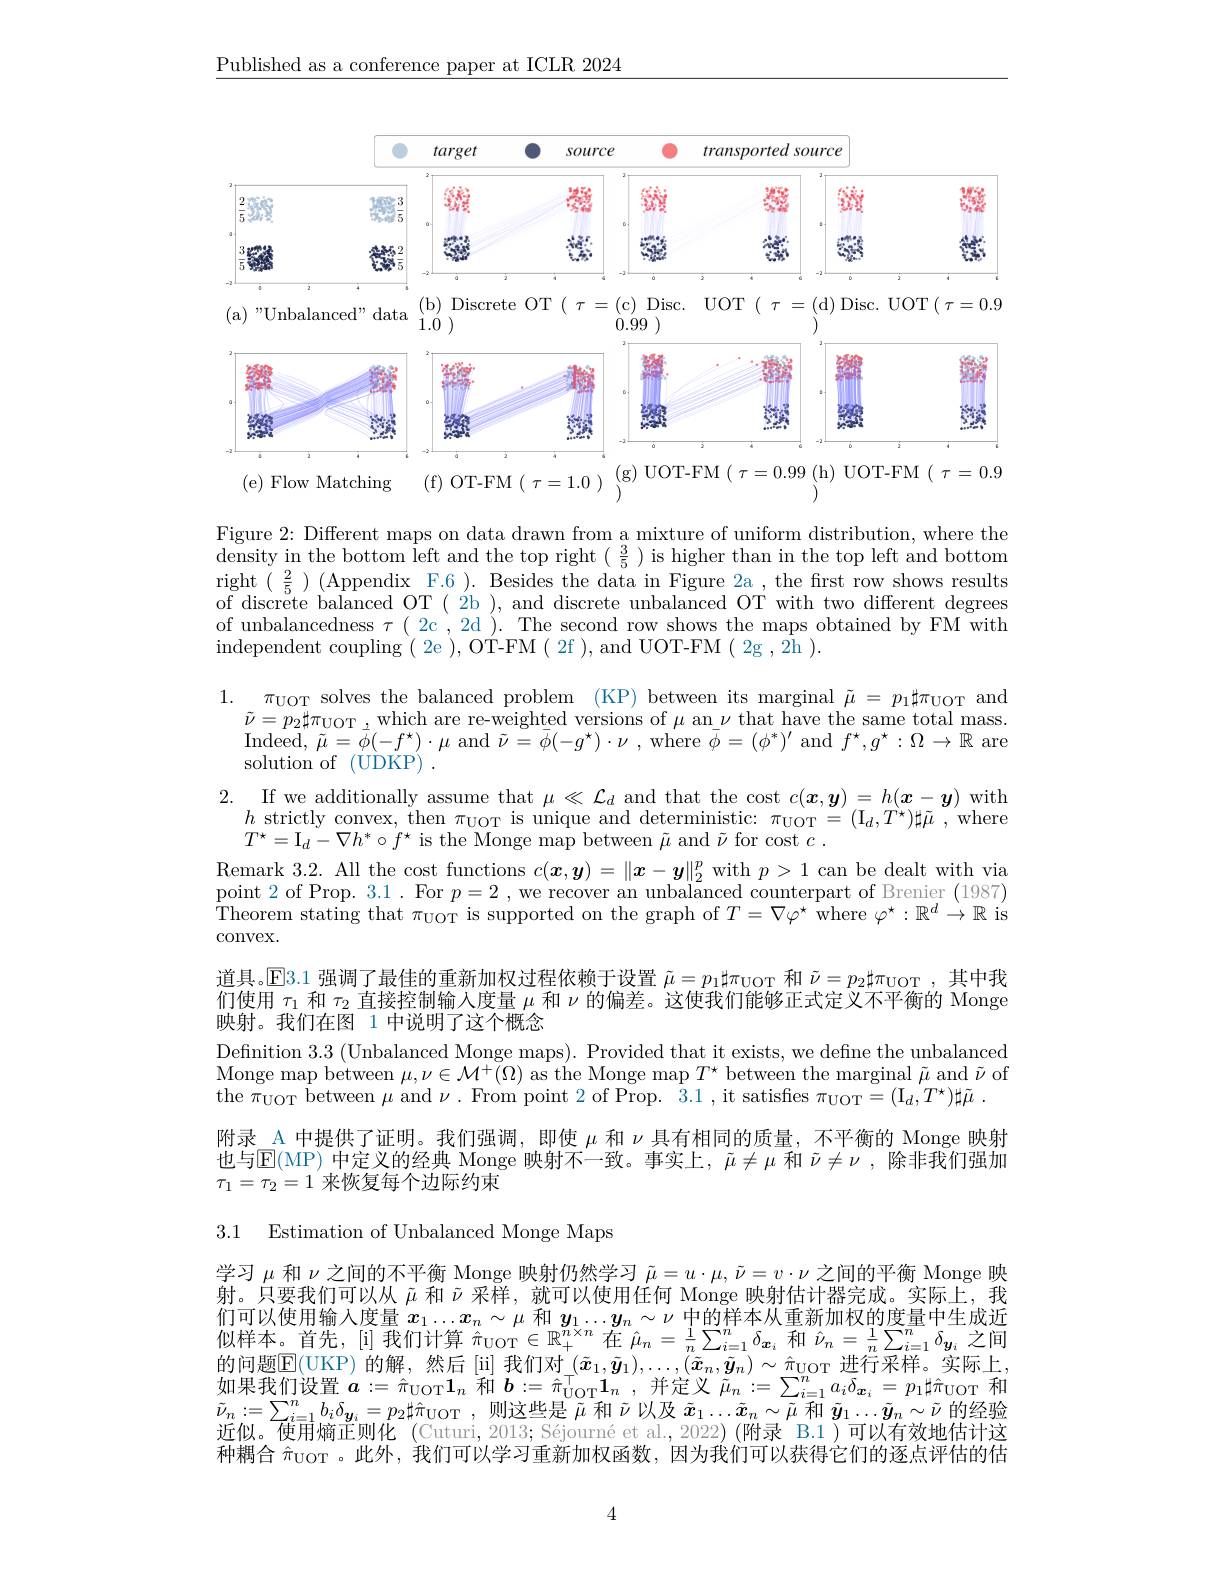
$\underline{\text{Published as a conference paper at ICLR 2024}}$

<FigureHere>
( f) OT- FM $( \tau = 1. 0) \overset {( g) UOT- FM}{\operatorname* { } }( \tau = 0. 99\overset {( h) UOT- FM}{\operatorname* { } }( \tau = 0. 9$
(e) Flow Matching

Figure 2: Different maps on data drawn from a mixture of uniform distribution, where the $\operatorname*{density}$ in the bottom left and the top right$(\begin{array}{c}\frac{3}{5}\end{array})$ is higher than in the top left and bottom right $(\frac{2}{5})$ (Appendix F.6 ). Besides the data in Figure 2a , the first row shows results of discrete balanced OT ( 2b ), and discrete unbalanced OT with two different degrees of unbalancedness $\tau($ 2c , 2d ). The second row shows the maps obtained by FM with independent coupling ( 2e ), OT-FM ( 2f ), and UOT-FM ( 2g , 2{ }h ).
1. $\pi _{\mathrm{UOT}}$solves the balanced problem (KP)between its marginal $\tilde{\mu } = p_1\sharp \pi _{\mathrm{UOT}}$ and
$\tilde{\nu}=p_{2}\sharp\pi_{\mathrm{UOT}}$ which are re-weighted versions of $\mu$ an $\nu$ that have the same total mass. $\operatorname{Indeed},\tilde{\mu}=\tilde{\phi}(-f^{\star})\cdot\mu$ and$\tilde{\nu}=\bar{\phi}(-g^{\star})\cdot\nu$, where $\bar{\phi}=(\phi^{*})^{\prime}$ and $f^{\star},g^{\star}:\Omega\to\mathbb{R}$ are solution of (UDKP) .
$\begin{array}{l}{2.\:\mathrm{If~we~additionally~assume~that~\mu\ll~\mathcal{L}_{d}~and~that~the~cost~}c(\boldsymbol{x},\boldsymbol{y})=h(\boldsymbol{x}-\boldsymbol{y})~\mathrm{with}\\{h~strictly~convex,~then~\pi_{UOT}~is~unique~and~deterministic:~\pi uoT}=(\mathrm{I}_{d},T^{\star})\sharp\tilde{\mu}~,~\mathrm{whereen}~(\mathrm{I}_{d},T^{\star})\sharp\tilde{\mu}~,~\mathrm{wheren}~(\mathrm{I}_{d},T^{\star})\sharp}\end{array}$ $\begin{array}{c}\text{Remark 3.2. All the cost functions }c(\boldsymbol{x},\boldsymbol{y})=\|\boldsymbol{x}-\boldsymbol{y}\|_2^p\mathrm{~with~}p>1\end{array}$ can be dealt with via $\begin{array}{l}\text{point 2 of Prop. 3.1. For }p=2\:,\text{we recover an unbalanced counterpart of Brenier (1987)}\\\text{Theorem stating that }_{\mathrm{UOT}}\:\text{is supported on the graph of }T=\nabla\varphi^{\star}\:\text{where }\varphi^{\star}:\mathbb{R}^{d}\to\mathbb{R}\end{array}$ convex.
道具。$\overline{\mathbb{E}}$3.1 强调了最佳的重新加权过程依赖于设置$\tilde{\mu}=p_1\sharp\pi_{\mathrm{UOT}}$和$\tilde{\nu}=p_2\sharp\pi_{\mathrm{UOT}}$ ,其中我们使用$\tau_1$和$\tau_2$直接控制输入度量$\mu$和$\nu$的偏差。这使我们能够正式定义不平衡的 Monge 映射。我们在图 1 中说明了这个概念
Definition 3.3 (Unbalanced Monge maps). Provided that it exists, we define the unbalanced Monge map between $\mu,\nu\in\mathcal{M}^+(\Omega)$ as the Monge map $T^\star$ between the marginal $\tilde{\mu}$ and $\tilde{\nu}$ of the $\pi_{\mathrm{UOT}}$ between $\mu$ and $\nu.$ From point 2 of Prop. 3.1, it satisfies $\pi_{\mathrm{UOT}}=(\mathrm{I}_{d},T^{\star})\sharp\tilde{\mu}.$
附录\_ A 中提供了证明。我们强调，即使$\mu$和$\nu$具有相同的质量，不平衡的 Monge 映射也与$\operatorname{E}($MP) 中定义的经典 Monge 映射不一致。事实上，$\tilde{\mu}\neq\mu$ 和 $\tilde{\nu}\neq\nu$ ,除非我们强加$\tau_1=\tau_2=1$来恢复每个边际约束
3.1 Estimation of Unbalanced Monge Maps

学习$\mu$和$\nu$之间的不平衡 Monge 映射仍然学习$\tilde{\mu}=u\cdot\mu,\tilde{\nu}=v\cdot\nu$之间的平衡 Monge 映射。只要我们可以从$\tilde{\mu}$和$\tilde{\nu}$采样，就可以使用任何 Monge 映射估计器完成。实际上，我们可以使用输入度量$x_1\ldots x_n\sim\mu$和$y_1\ldots y_n\sim\nu$中的样本从重新加权的度量中生成近似样本。首先，[i]我们计算$\hat{\pi}_{\mathrm{UOT}}\in\mathbb{R}_+^{n\times n}$在$\hat{\mu}_n=\frac1n\sum_{i=1}^n\delta_{\boldsymbol{x}_i}$和$\hat{\nu}_n=\frac1n\sum_{i=1}^n\delta_{\boldsymbol{x}_i}$和$\hat{\nu}_n=\frac1n\sum_{i=1}^n\delta_{\boldsymbol{y}_i}$之间的问题$\overline{\mathbf{E}}($UKP)的解，然后[ii]我们对$(\tilde{x}_1,\tilde{\boldsymbol{y}}_1),\ldots,(\tilde{\tilde{x}}_n,\tilde{\boldsymbol{y}}_n)\sim\hat{\pi}_{\mathrm{UOT}}$进行采样。实际上如果我们设置$\boldsymbol a:=\hat{\pi}_{\mathrm{UOT}}\mathbf{1}_n$ 和$\boldsymbol b:=\hat{\pi}_{\mathrm{UOT}}^\top\mathbf{1}_n$,并定义 $\tilde{\mu}_n:=\sum_i=1^na_i\delta_{\boldsymbol{x}_i}=p_1\sharp\hat{\pi}_{\mathrm{UOT}}$ 和$\tilde{\nu}_{n}:=\sum_{i=1}^{n}b_{i}\delta_{{\boldsymbol{y}_{i}}}=p_{2}\sharp\hat{\pi}_{{\mathrm{UOT}}}$,则这些是$\tilde{\mu}$和$\tilde{\nu}$以及$\tilde{x}_1\ldots\tilde{x}_n\sim\tilde{\mu}$和$\tilde{y}_1\ldots\tilde{y}_n\sim\tilde{\nu}$的经验近似。使用熵正则化 (Cuturi, 2013; Séjourné et al., 2022)(附录 B.1)可以有效地估计这种耦合$\hat{\pi}_{\mathrm{UOT}}$。此外，我们可以学习重新加权函数，因为我们可以获得它们的逐点评估的估

4